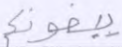
يبغونكم